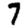
Digit: 7